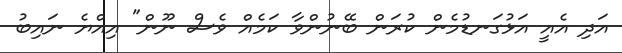
އަދި އެއީ އަޅުގަނޑުމެން ކުރަން ބޭނުންވާ ކަމެއް ވެސް ނޫން" އިއްޔެ ނައިބު